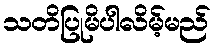
သတိပြုမိပါလိမ့်မည်